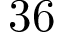
3 6